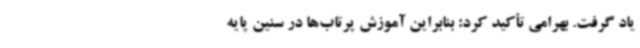
یاد گرفت. بهرامی تأکید کرد: بنابراین آموزش پرتاب‌ها در سنین پایه